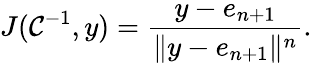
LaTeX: J(\mathcal{C}^{-1},y)={\frac{{y-e_{n+1}}}{{\| y-e_{n+1}\| ^{n}}}}.